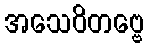
အသေဝိတဗ္ဗေ